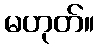
မဟုတ်။